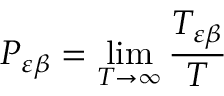
P _ { \varepsilon \beta } = \operatorname* { l i m } _ { T \to \infty } \frac { T _ { \varepsilon \beta } } { T }